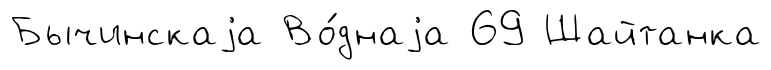
Бычинскаjа Во́днаjа 69 Шайтанка